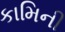
કામિની